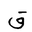
Letter: _qaf